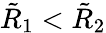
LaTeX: \tilde{R}_{1}<\tilde{R}_{2}